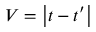
V = \left| t - t ^ { \prime } \right|